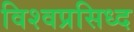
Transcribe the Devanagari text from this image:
विश्वप्रसिध्द